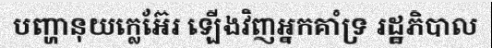
បញ្ហានុយក្លេអ៊ែរ ឡើងវិញអ្នកគាំទ្រ រដ្ឋភិបាល